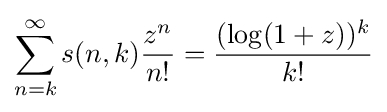
\sum _{n=k}^{\infty }s(n,k){\frac {z^{n}}{n!}}={\frac {(\log(1+z))^{k}}{k!}}